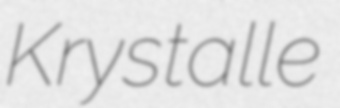
Krystalle